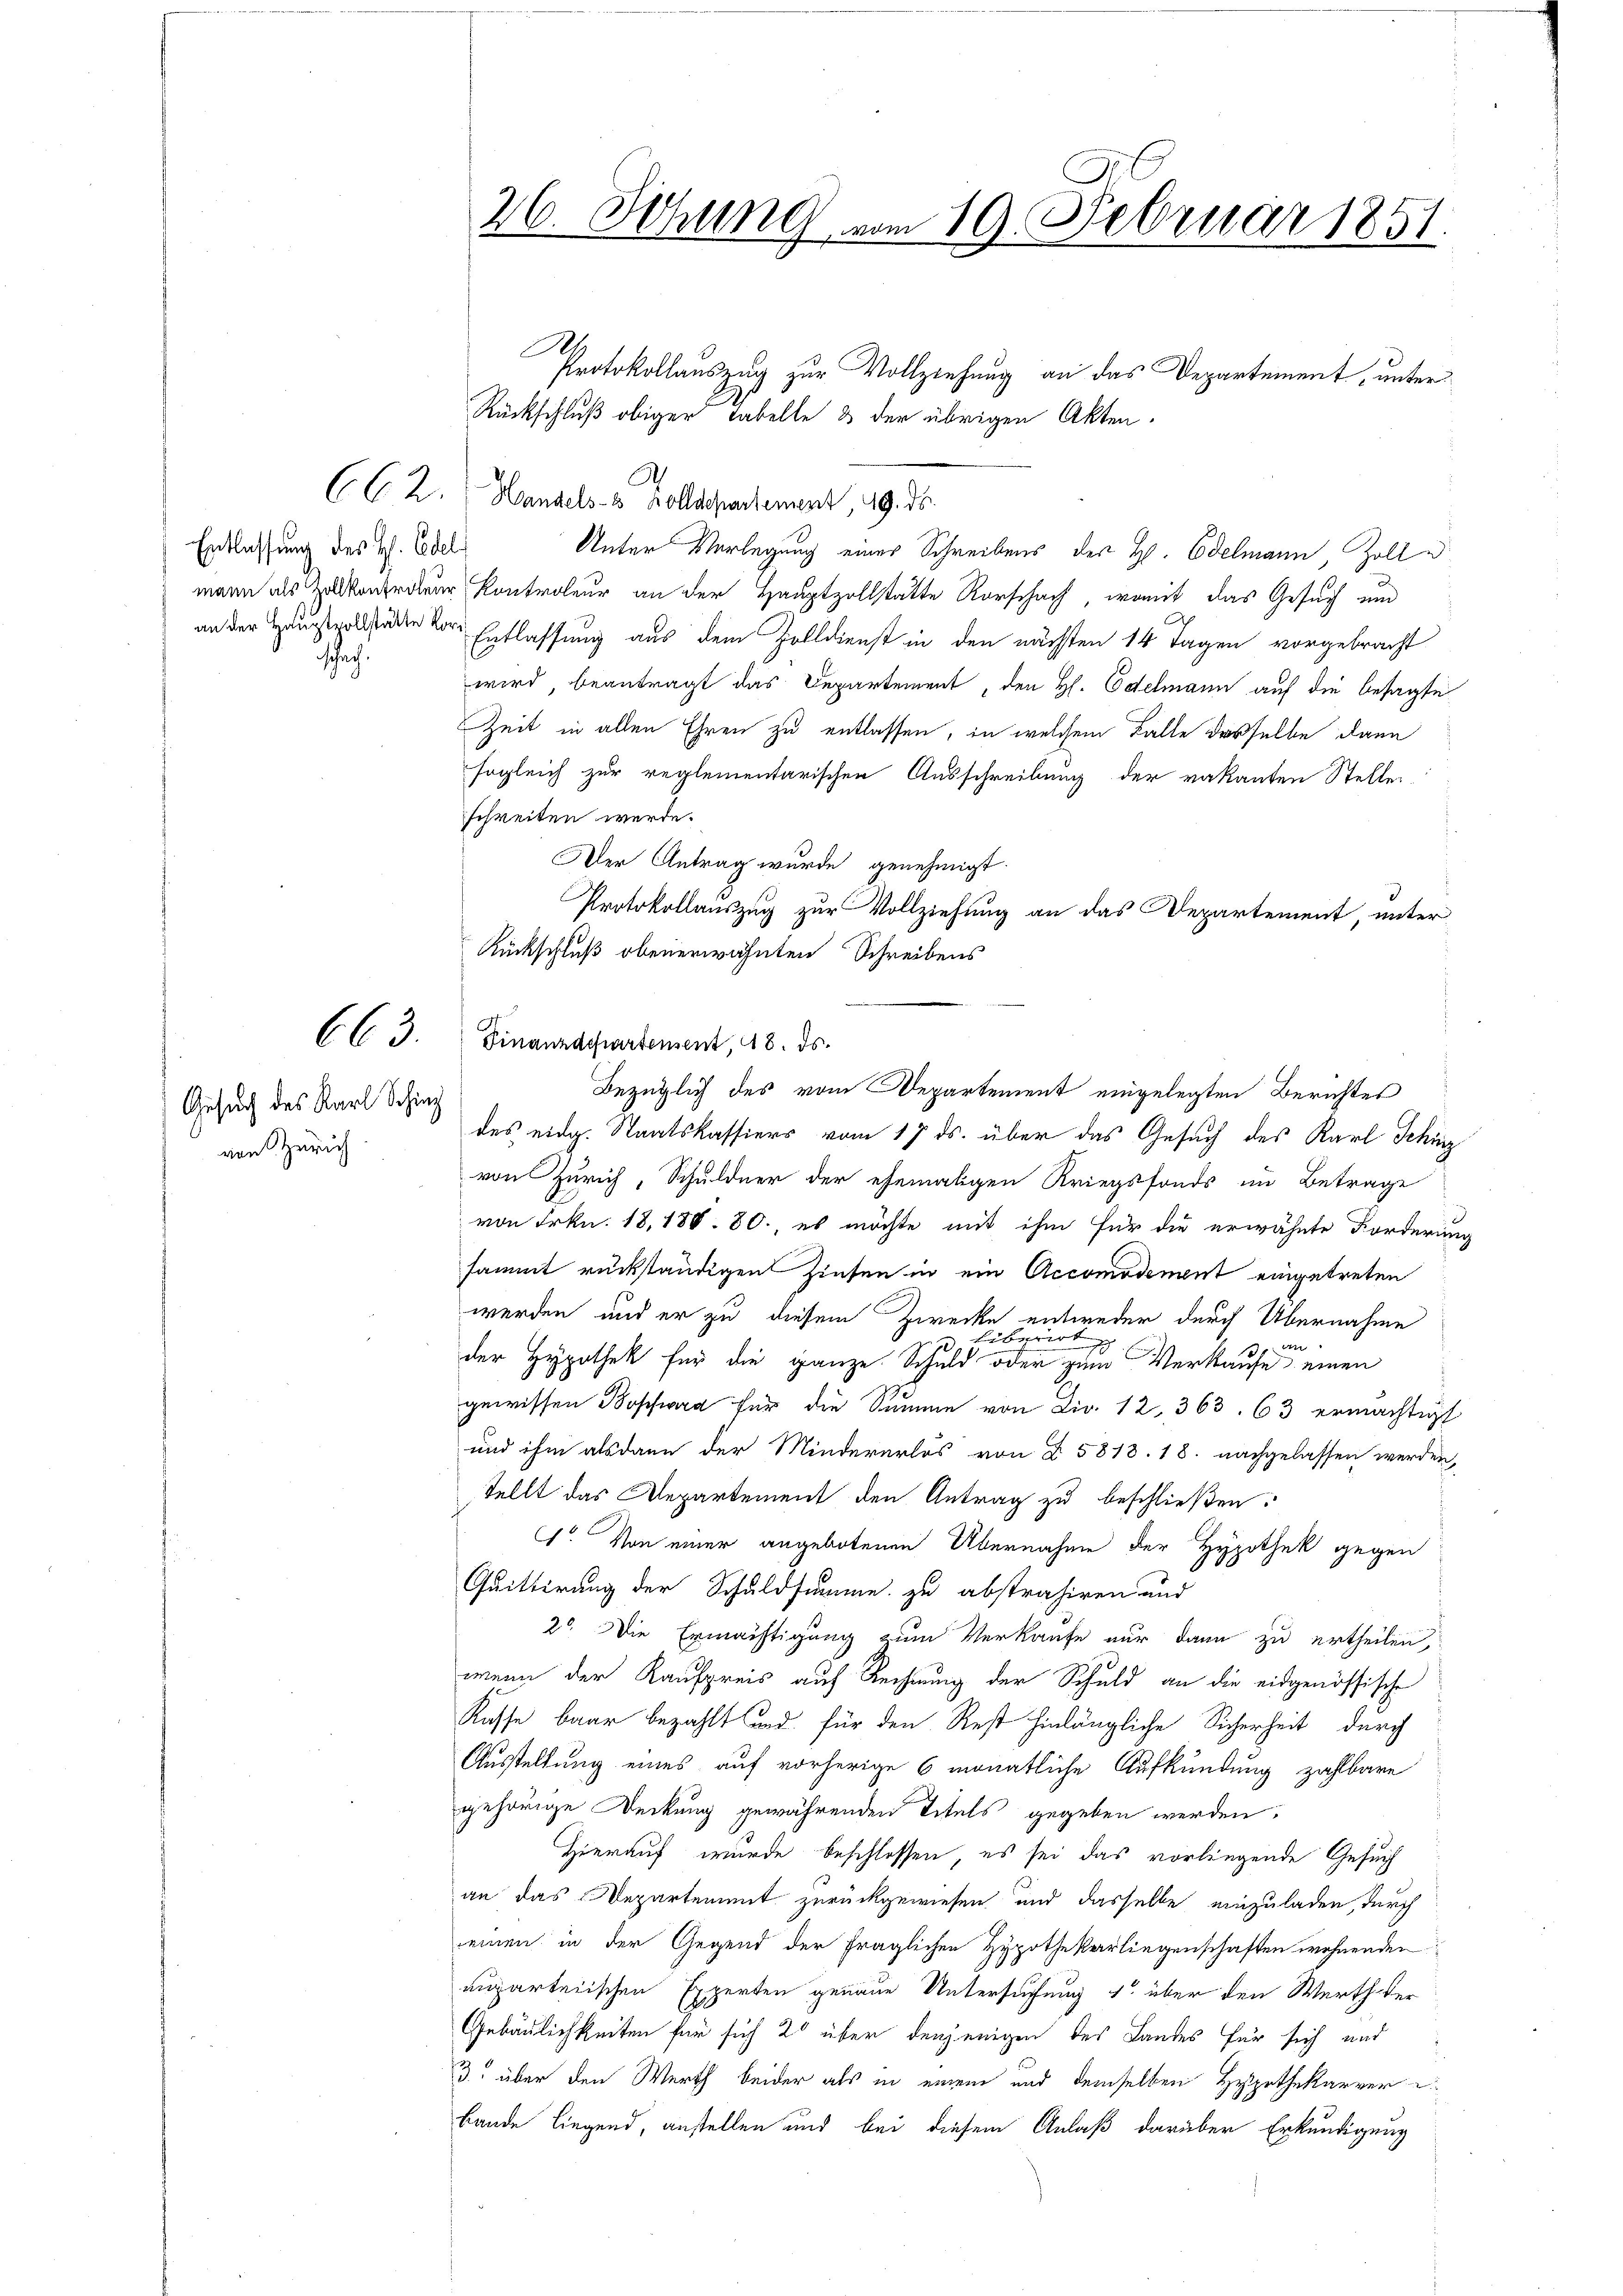
Entlassung des H. Edel
schach

Gesuch des Karl Schinz
von Zürich

A
Protokollauszug zur Vollziehung an das Departement, unter
Rückschluß obiger Tabelle & der übrigen Akten.
CC 2. Handels- & Zolldepartement, 19. ds.
Unter Vorlegung eines Schreibens der H. Edelmann Zolle
wann als Zentrer Kontroleur an der Hauptzollstätte Rorschach, womit das Gesuch um
an der Hauptvollständen vor Entlassung aus dem Zolldienst in den nächsten 14 Tagen vorgebracht
wird, beantragt das Departement, den H. Edelmann auf die besagte
Zeit in allen Ehren zu entlassen, in welchem Falle dasselbe dann
sogleich zur reglementarischen Ausschreibung der vakanten Stelle
schreiten werde.
Der Antrag wurde genehmigt.
Protokollauszug zur Vollziehung an das Departement, unter
Rückschluß obenerwähnten Schreibens
CC 3. Finanzdepartement, 48. ds.
des eidg. Staatskassiers vom 17. ds. über das Gesuch des Karl Schinz
von Zürich, Schuldner der ehemaligen Kriegsfonds im Betrage
von Frkn. 18,188. 80, es möchte mit ihm für die erwähnte Forderung
sammt rückständigen Zinsen in ein Accomodement eingetreten
werden und er zu diesem Zwecke entweder durch Übernahme
Eibiert
13 an
der Hypothek für die ganze Schuld oder zum Verkaufe einen
gewissen Boschwar für die Summe von Dir. 12, 363. 63 ermächtigt
und ihm alsdann der Mindererlös von § 5818. 18. nachgelassen werden,
tellt das Departement den Antrag zu beschließen:
1. Von einer angebotenen Übernahme der Hypothek gegen
Quittirung der Schuldsumme zu abstrahiren und
2o. Die Ermächtigung zum Verkaufe nur dann zu ertheilen,
wenn der Kaufpreis auf Rechnung der Schuld an die eidgenössische
Kasse baar bezahlt und für den Rest hinlängliche Sicherheit durch
Ausstellung eines auf vorherige 6 monatliche Aufkündung zahlbare
gehörige Deckung gewährenden Titels gegeben werden,
Hierauf wurde beschlossen, es sei das vorliegende Gesucht
an das Departement zurückgewiesen und dasselbe einzuladen, durch
einen in der Gegend der fraglichen Hypothekarliegenschaften wohnenden
auparteiischen Experten genaue Untersuchung 1 über den Werth ver
Gebäulichkeiten für sich 20 über denjenigen des Landes für sich und
3. über den Werth beider als in einem und demselben Hypothekarrer
Bande liegend, anstellen und bei diesem Anlaß darüber Erkundigung

26. Sitzung vom 19. Februar 1851.

Bezüglich des vom Departement eingelegten Berichtes